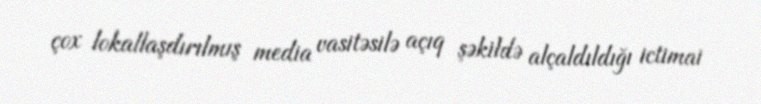
çox lokallaşdırılmış media vasitəsilə açıq şəkildə alçaldıldığı ictimai